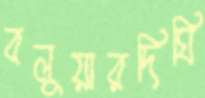
বলুয়ারদিঘি